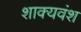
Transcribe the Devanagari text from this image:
शाक्यवंश